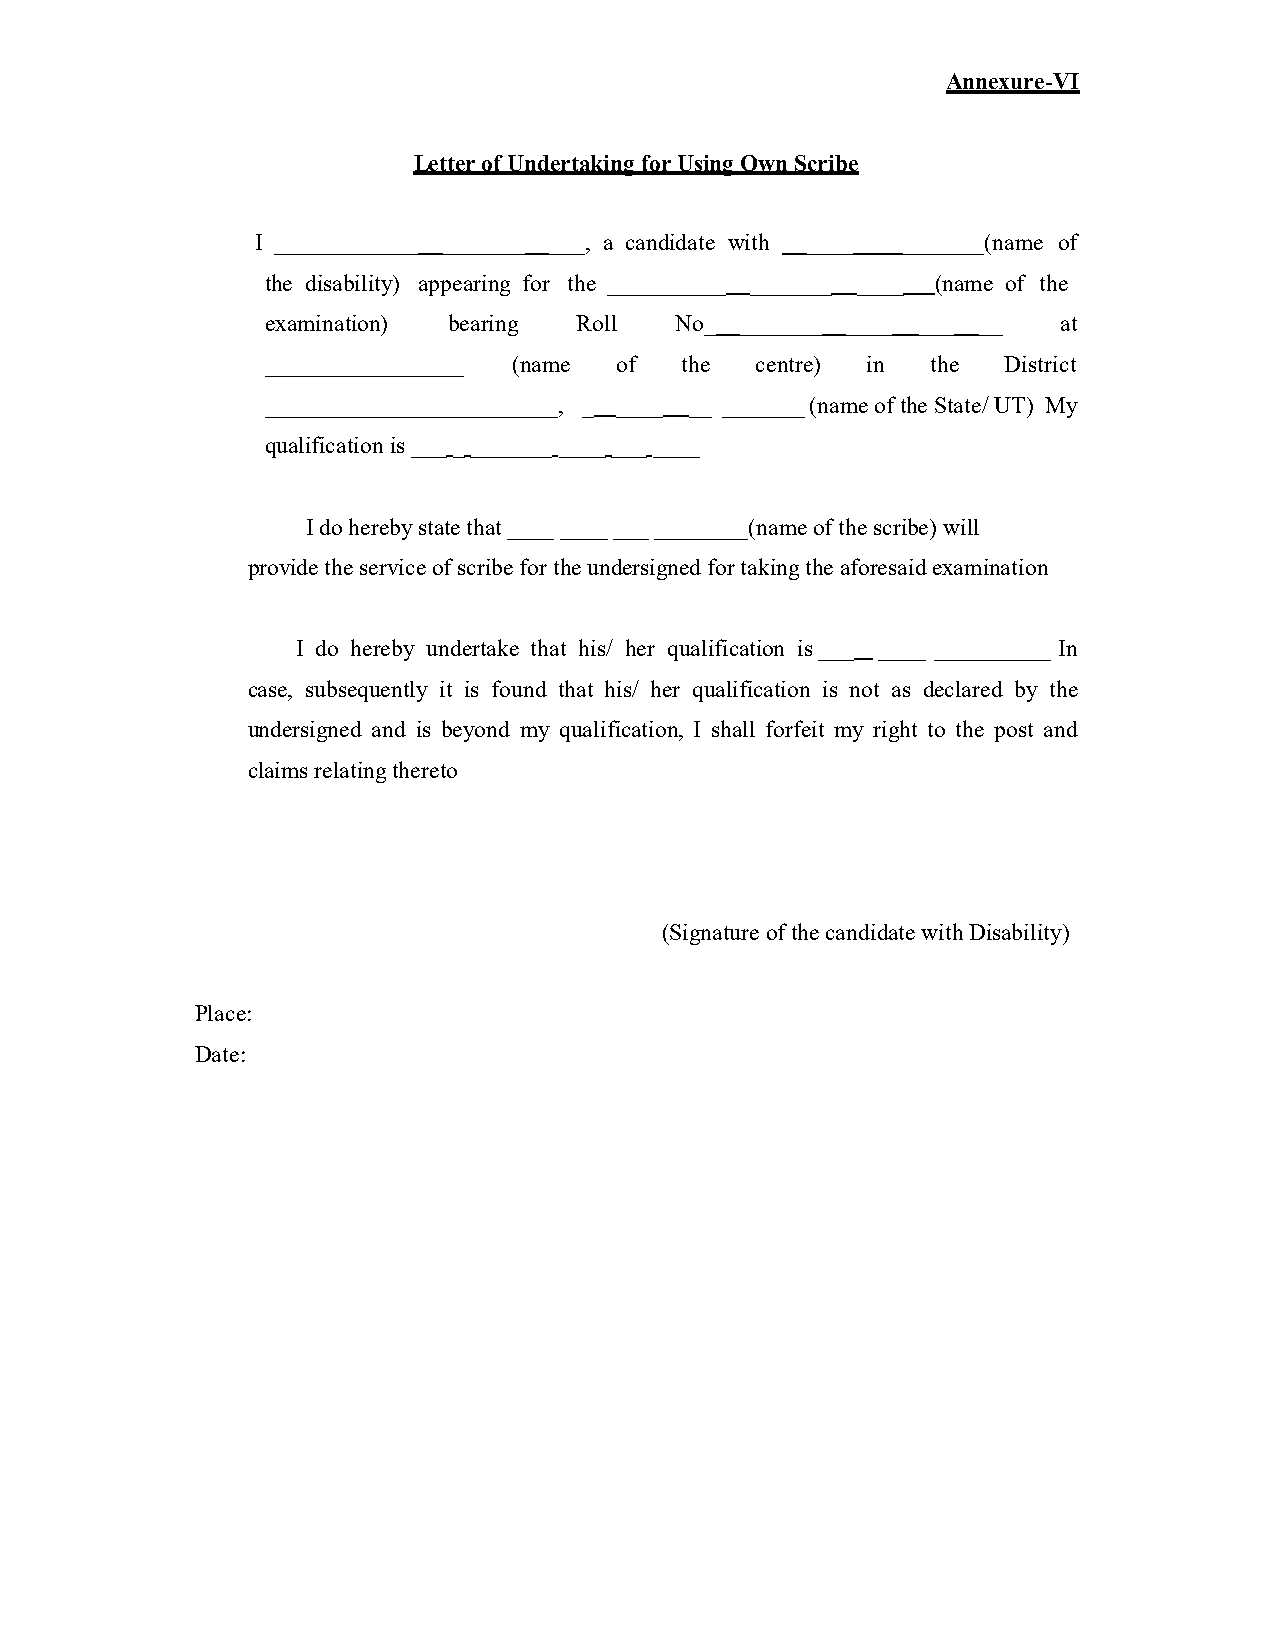
Annexure-VI
 Letter of Undertaking for Using Own Scribe
 I ____________ _______ ___, a candidate with ____ _______(name of
 the disability) appearing for the __________ _______ ____ (name of the
 examination) bearing Roll No_  _______ ____ ___ __ at
 _________________ (name of the centre) in the District
 _________________________, _ ____ __ ______(_n ame of the State/ UT) My
 qualification is ___ _ _______ ____ ___ ____
 I do hereby statet hat ____ ____ ___ ________(name of the scribe) will
 provide the service of scribef or the undersigned for taking the aforesaid examination
 I do hereby undertake t hat his/ her qualification is_ __ ____ __________ In
 case, subsequently it is found that his/ her qualification is not as declared by the
 undersigned and is beyond my qualification, I shall forfeit my right to the post and
 claims relating thereto
 (Signature of the candidate with Disability)
 Place:
 Date: